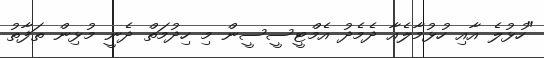
"ހުޅުލެ އާއި ހުޅުމާލެއާ ދެމެދު އެމްޓީސީސީން މި ހިދުމަތް ދެނީ މުޅިން ތަފާތު